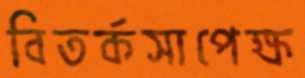
বিতর্কসাপেক্ষ